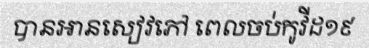
បានអានសៀវភៅ ពេលចប់កូវីដ១៩